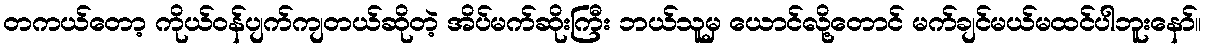
တကယ်တော့ ကိုယ်ဝန်ပျက်ကျတယ်ဆိုတဲ့ အိပ်မက်ဆိုးကြီး ဘယ်သူမှ ယောင်လို့တောင် မက်ချင်မယ်မထင်ပါဘူးနော်။